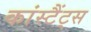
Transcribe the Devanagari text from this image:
कांस्टैंट्स